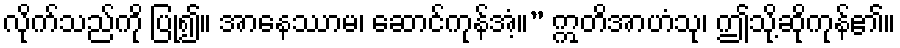
လိုက်သည်ကို ပြု၍။ အာနေဿာမ၊ ဆောင်ကုန်အံ့။” ဣတိအာဟံသု၊ ဤသို့ဆိုကုန်၏။